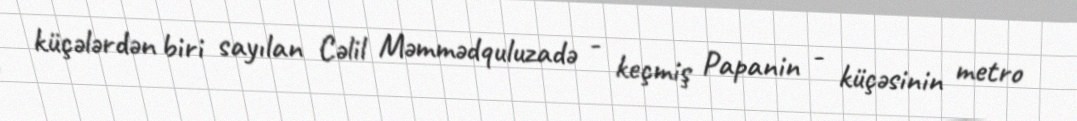
küçələrdən biri sayılan Cəlil Məmmədquluzadə - keçmiş Papanin - küçəsinin metro